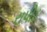
રાપીડ